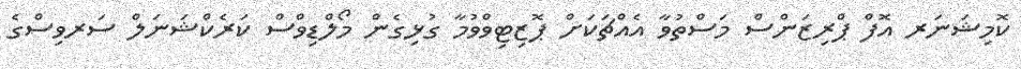
ކޮމިޝަނަރ އޮފް ޕްރިޒަންސް މަސްތުވާ އެއްޗަކަށް ޕޮޒިޓިވްވުމާ ގުޅިގެން މޯލްޑިވްސް ކަރެކްޝަނަލް ސަރވިސްގެ